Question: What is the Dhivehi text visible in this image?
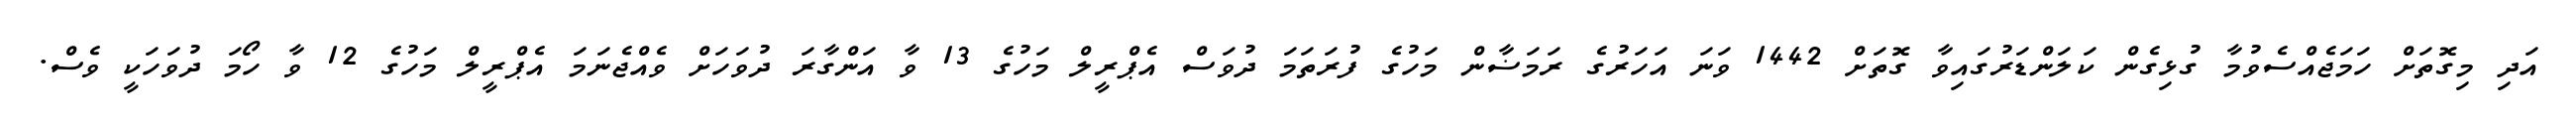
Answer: އަދި މިގޮތަށް ހަމަޖެއްސެވުމާ ގުޅިގެން ކަލަންޑަރުގައިވާ ގޮތަށް 1442 ވަނަ އަހަރުގެ ރަމަޟާން މަހުގެ ފުރަތަމަ ދުވަސް އެޕްރީލް މަހުގެ 13 ވާ އަންގާރަ ދުވަހަށް ވެއްޖެނަމަ އެޕްރީލް މަހުގެ 12 ވާ ހޯމަ ދުވަހަކީ ވެސް.